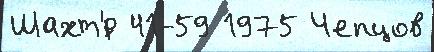
Шахт'́р 41-59 1975 Чепцов